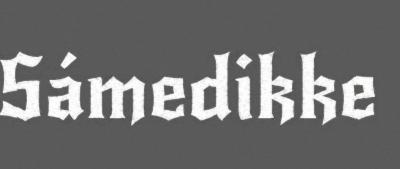
Sámedikke